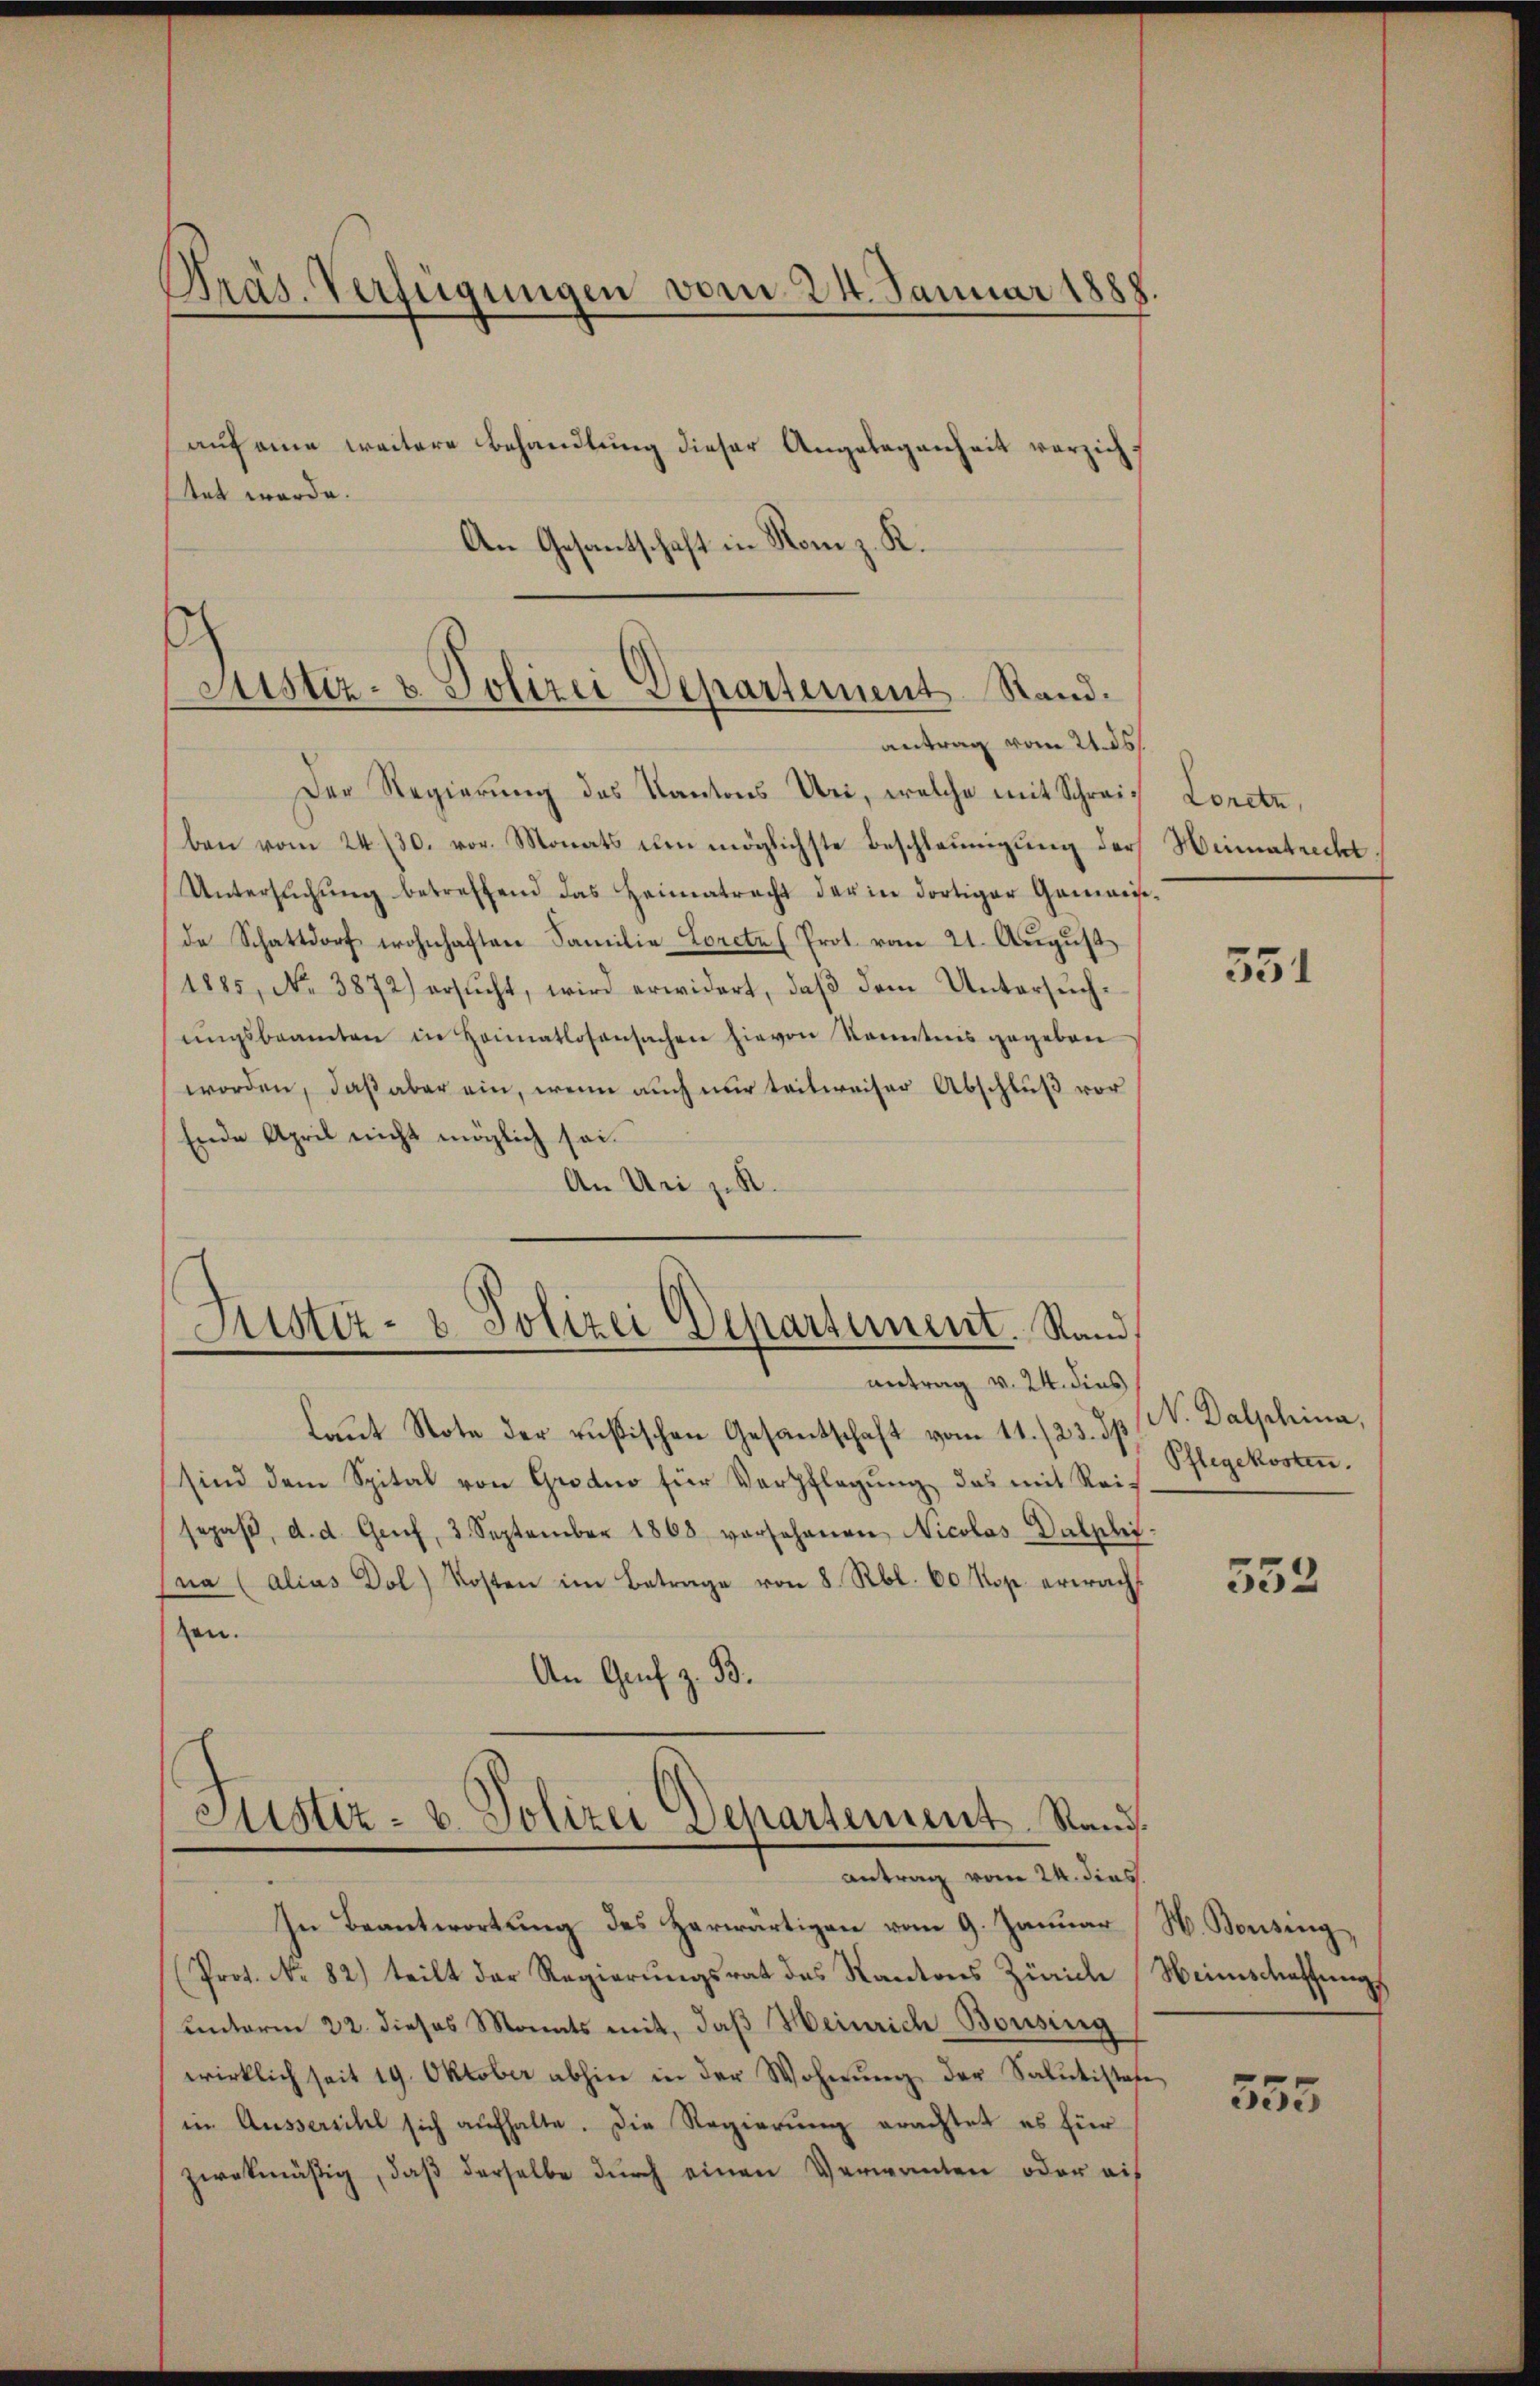
Präs. Verfügungen vom 24. Januar 1888.

auf eine weitere Behandlung dieser Angelegenheit verzicht
ttet werde.
An Gesantschaft in Rom z. K.

h
Justiz- & Polizei Departement Stand.

antrag vom 24. dies

antrag vom 21. ds.
Der Regierung des Kantons Uri, welche mit Schreiben vom 24. 730. vor. Monats den möglichste Beschleunigung der Heimatrecht,
Untersŭchŭng betreffend das Heimatracht der in dortiger Gemain-
de Schattdorf wohnhaften Familie Lorete Prot. vom 21. August
1885, No. 3872) ersŭcht, wird erwidert, daβ dem Untersŭch-
ŭngsbeamten in Heimatlosensachen hievon Kenntnis gegeben
worden, daß aber ein, wenn auch nur teilweiser Abschluß vor
Ende April nicht möglich sei.
An Uri zuk
Justiz- & Polizei Departement. Stand,
antrag v. 24. dies
laŭt Note der russischen Gesantschaft vom 11. /23. sp. V. Dalphina,
sind dem Spital von Grodio für Verpflegung, das mit Reisopaβ, d. d. Genf, 3 September 1868 vorschenen Nicolas Dalphi-
na (alias Dol) Kosten im Betrage von 8 Rbl. 60 Kop. erwachzen.
An Genf z. B.
Justiz- & Polizei Departement. Stand.

In Beantwortung des Herwärtigen vom 9. Januar [H. Bonsing,
(Prot. No 82) teilt der Regierungsrat des Kantons Zürich Weinschaffungs
unterm 22. dieses Monats mit, daß Heinrich Bousing
wirklich seit 19. Oktober abhin in der Wohnung der Salutistate
im Ausserschel sich aufhalte. Die Regierung erachtet es für
zwekmäßig, daβ derselbe dŭrch einen Verwanden oder auf

Loretn,

551

Pflegekosten.

552

555